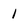
Character: 1